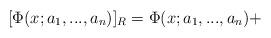
LaTeX: \begin{align*}[\Phi(x;a_1,...,a_n)]_R = \Phi(x;a_1,...,a_n) +\end{align*}